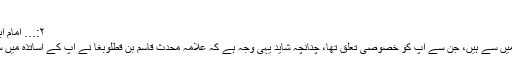
(مقدمہ العالم و المتعلم)
۲:… اِمام اَبو نصر احمد العیاضی رحمہ اللہ
آپ امام ماتریدیؒ کے اُن اساتذہ میں سے ہیں، جن سے آپ کو خصوصی تعلق تھا، چنانچہ شاید یہی وجہ ہے کہ علامہ محدث قاسم بن قطلوبغا نے آپ کے اساتذہ میں سے صرف انہی کا ذکر کیا ہے۔